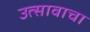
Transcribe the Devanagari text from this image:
उत्सावाचा